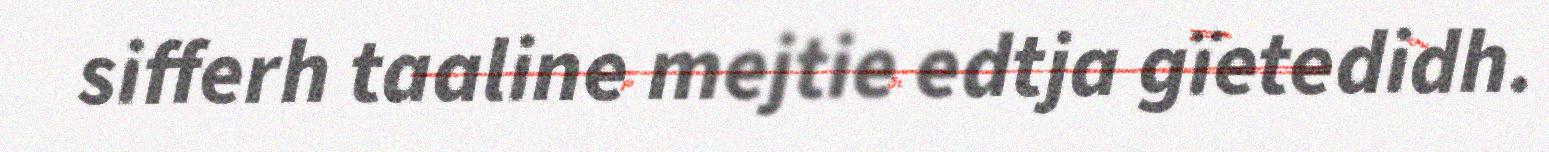
sifferh taaline mejtie edtja gïetedidh.